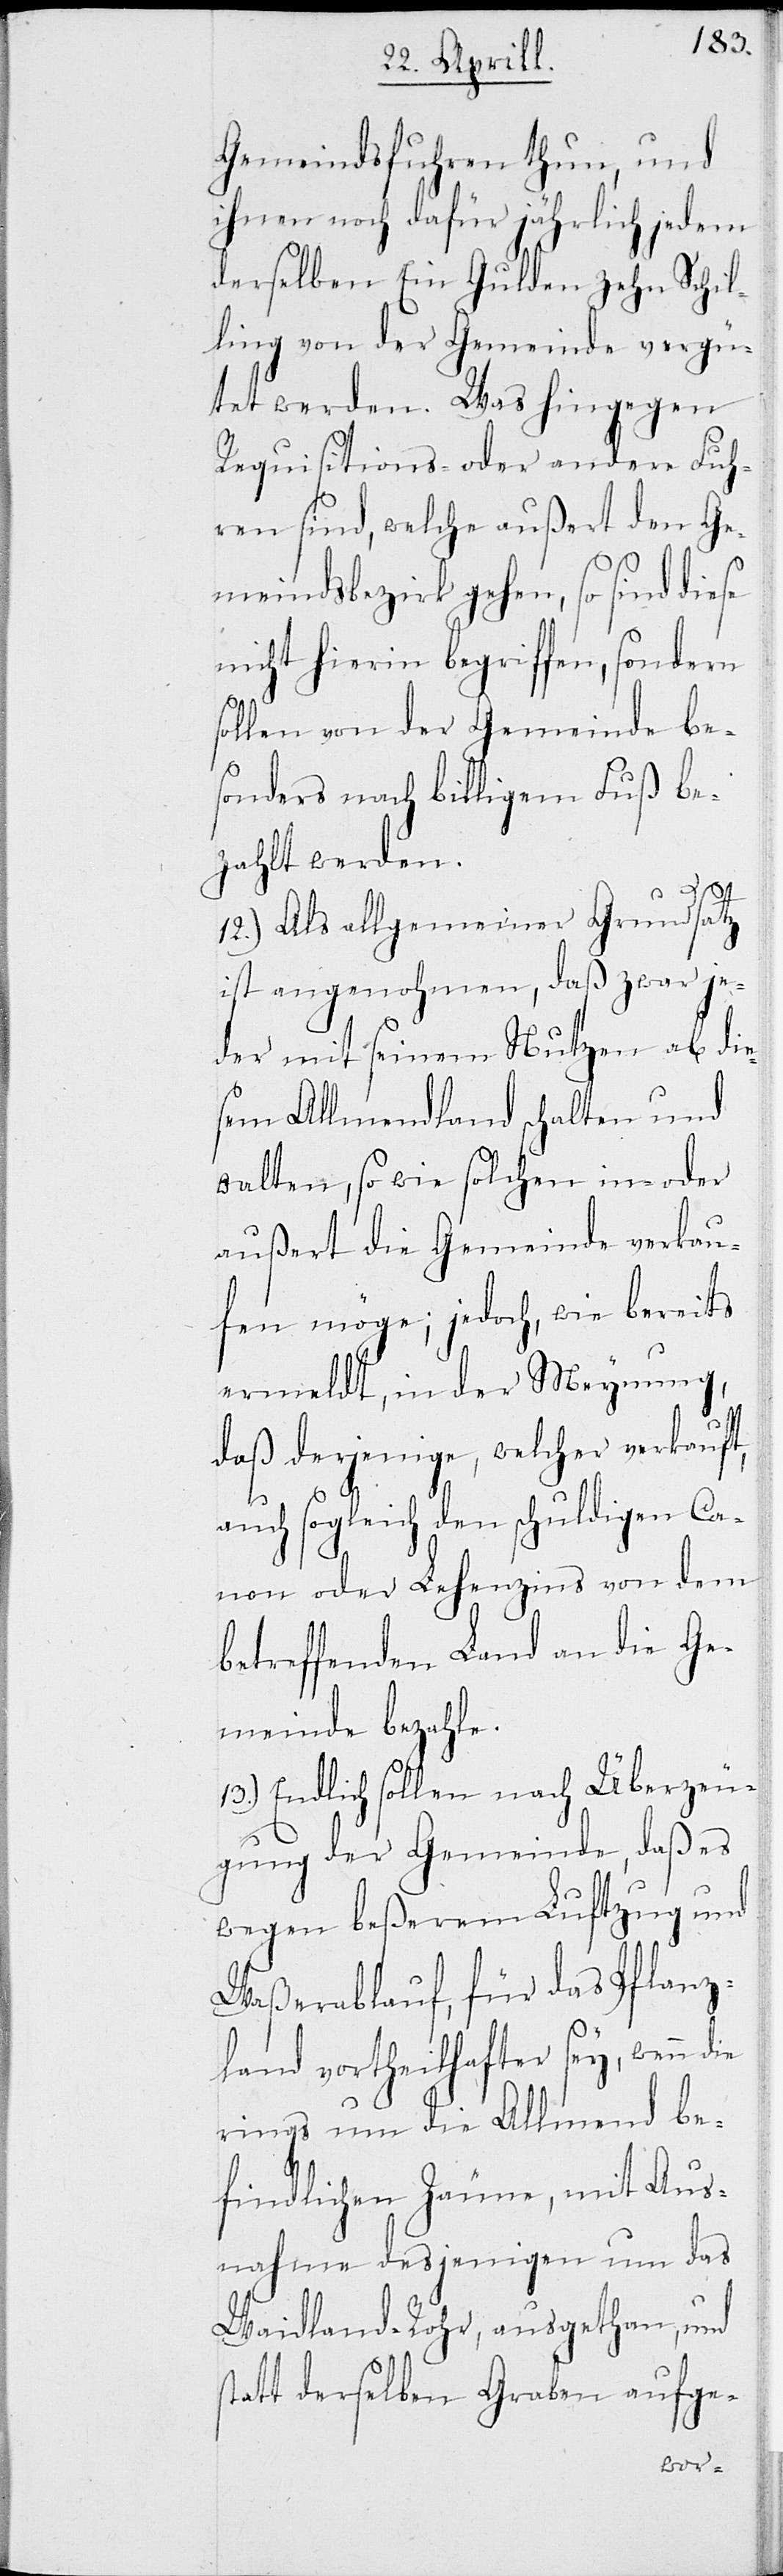
Gemeindsfuhren thun, und
ihnen noch dafür jährlich jedem
derselben Ein Gulden zehn Schil¬
ling von der Gemeinde vergü¬
tet werden. Was hingegen
Requisitions- oder andere Fuh¬
ren sind, welche außert den Ge¬
meindsbezirk gehen, so sind diese
nicht hierin begriffen, sondern
sollen von der Gemeinde be¬
sonders nach billigem Fuß be¬
zahlt werden.
12.) Als allgemeiner Grundsatz
ist angenohmen, daß zwar je¬
der mit seinem Nutzen ab die¬
sem Allmendland schalten und
walten, so wie solchen in- oder
außert die Gemeinde verkau¬
fen möge; jedoch, wie bereits
ermeldt, in der Meynung,
daß derjenige, welcher verkauf¬
auch sogleich den schuldigen Ca¬
non oder Lehenzins von dem
betreffenden Land an die Ge¬
meinde bezahle.
13.) Endlich sollen nach Überzeu¬
gung der Gemeinde, daß es
wegen beßerem Luftzug und
Waßerablauf, für das Pflanz¬
land vortheilhafter sey, wenn die
rings um die Allmend be¬
findlichen Zäune, mit Aus¬
nahme desjenigen um das
Waidland-Rohr, ausgethan, und
tatt derselben Graben aufge-
s¬